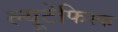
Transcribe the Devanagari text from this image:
ल्यूटेफिस्क